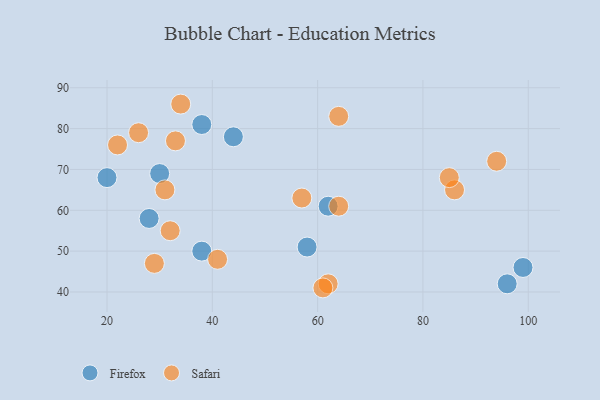
{"axis": {"x": "GDP", "y": "Life Expectancy"}, "legend": ["Firefox", "Safari"], "data": [{"x": "44", "y": 78, "type": "Firefox"}, {"x": "99", "y": 46, "type": "Firefox"}, {"x": "96", "y": 42, "type": "Firefox"}, {"x": "38", "y": 81, "type": "Firefox"}, {"x": "28", "y": 58, "type": "Firefox"}, {"x": "20", "y": 68, "type": "Firefox"}, {"x": "62", "y": 61, "type": "Firefox"}, {"x": "30", "y": 69, "type": "Firefox"}, {"x": "38", "y": 50, "type": "Firefox"}, {"x": "58", "y": 51, "type": "Firefox"}, {"x": "62", "y": 42, "type": "Safari"}, {"x": "57", "y": 63, "type": "Safari"}, {"x": "64", "y": 83, "type": "Safari"}, {"x": "94", "y": 72, "type": "Safari"}, {"x": "86", "y": 65, "type": "Safari"}, {"x": "61", "y": 41, "type": "Safari"}, {"x": "85", "y": 68, "type": "Safari"}, {"x": "31", "y": 65, "type": "Safari"}, {"x": "64", "y": 61, "type": "Safari"}, {"x": "26", "y": 79, "type": "Safari"}, {"x": "22", "y": 76, "type": "Safari"}, {"x": "34", "y": 86, "type": "Safari"}, {"x": "41", "y": 48, "type": "Safari"}, {"x": "32", "y": 55, "type": "Safari"}, {"x": "33", "y": 77, "type": "Safari"}, {"x": "29", "y": 47, "type": "Safari"}]}